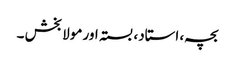
بچہ، استاد، بستہ اور مولا بخش ۔